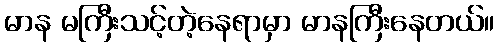
မာန မကြီးသင့်တဲ့နေရာမှာ မာနကြီးနေတယ်။